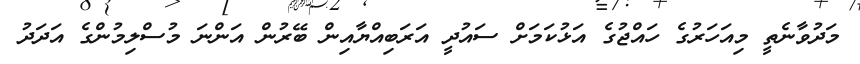
މަދުވާނެތީ މިއަހަރުގެ ހައްޖުގެ އަޅުކަމަށް ސައުދީ އަރަބިއްޔާއިން ބޭރުން އަންނަ މުސްލިމުންގެ އަދަދު